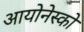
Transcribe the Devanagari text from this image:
आयोनेस्को